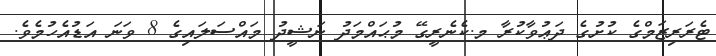
ޓެރަރިޒަމްގެ ކުށުގެ ދަޢުވާކުރާ މ.ކެނެރީގޭ މުޙައްމަދު ނަޝީދު މައްސަލައިގެ 8 ވަނަ އަޑުއެހުމެވެ.